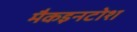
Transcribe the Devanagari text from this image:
मैकइनटोश